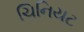
ચિનિયટ